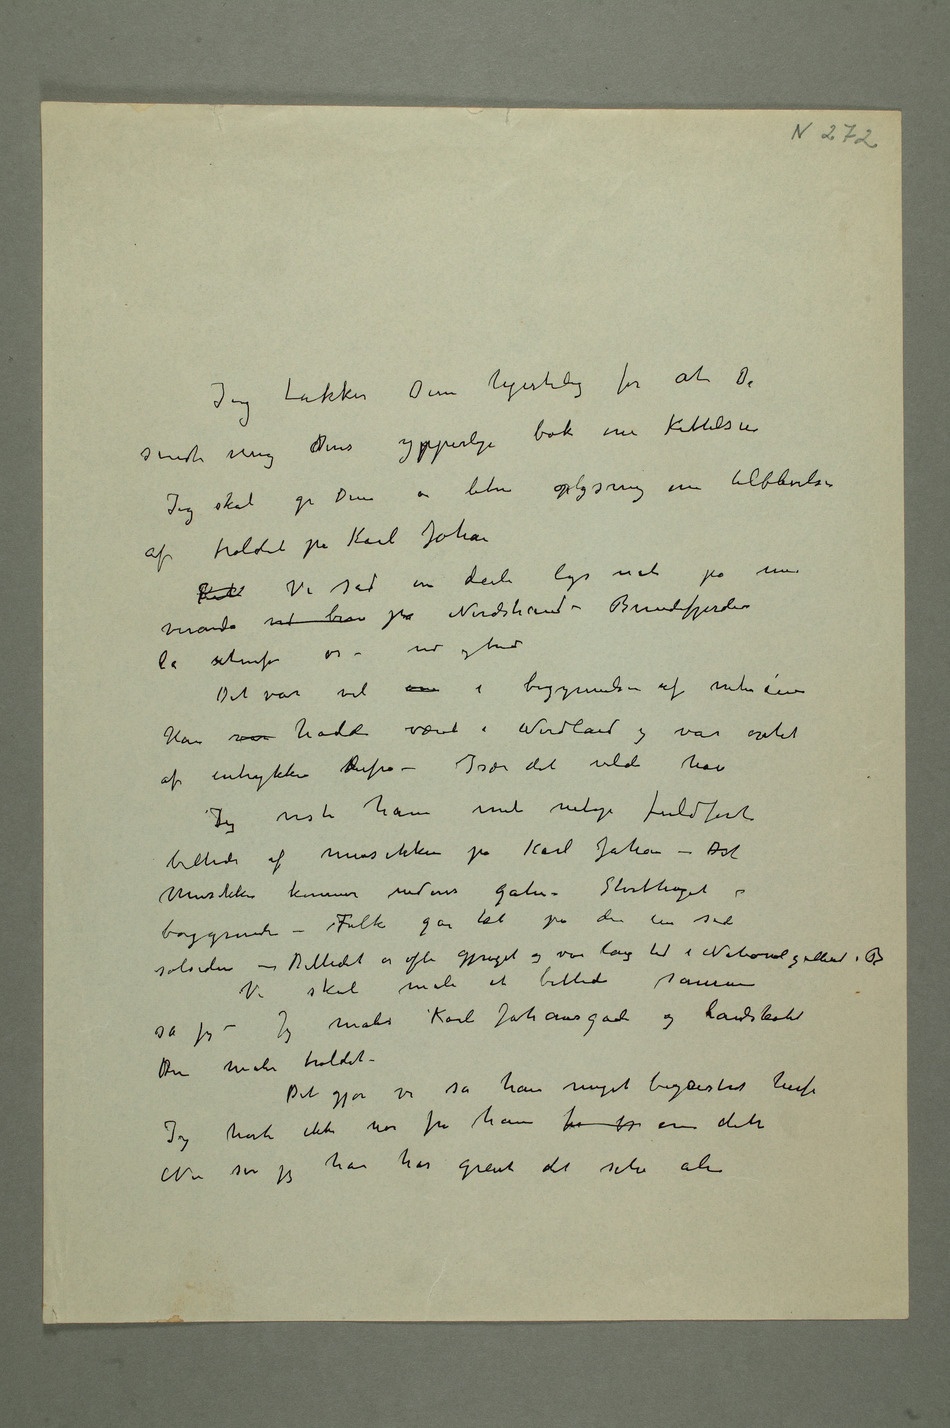
Jeg takker Dem hjertelig for at De
sendte mig dDeres ypperlige bok om Kittelsen
Jeg skal gi Dem en liten oplysning om tilblivelsen
af troldet på Karl Johan
Kit Vi sad en deili lys nat på min
veranda ved bun på Nordstrand – Bundefjorden
Det var vel  i begynnelsen af nitiårene
Han var hadde været i Nordland og var optat
af intrykkene hderfra – Især det vilde hav
Jeg viste ham mit netop fuldførte
billede af musikken på Karl Johan  – Det
musikken kommer nedover gaten – Storthinget i
baggrunden – Folk går tæt på den ene side
solsiden – Billedet er ofte gjengit og var lang tid i Nationalgalleriet i B
Vi skal male et billede sammen
sa jeg – Jeg maler Karl Johansgade og landskabet
Du maler troldet –
Det gjør vi sa han meget begeistret herfor
Jeg hørte ikke mer fra ham før jeg enn dette
Nu ser jeg han har glemt det selv ale